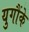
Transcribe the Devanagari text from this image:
युगौंके